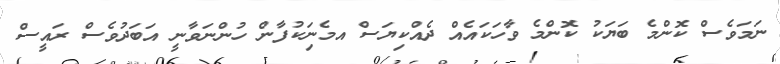
ނަމަވެސް ކޮންމެ ބަޔަކު ކޮންމެ ވާހަކައެއް ދެއްކިޔަސް އމެނަިކުފާން ހުންނަވާނީ އަބަދުވެސް ރައީސް